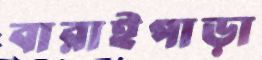
বারাইপাড়া